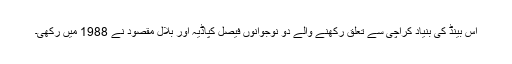
اس بینڈ کی بنیاد کراچی سے تعلق رکھنے والے دو نوجوانوں فیصل کپاڈیہ اور بلال مقصود نے 1988 میں رکھی۔